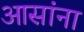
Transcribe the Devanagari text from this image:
आसांना